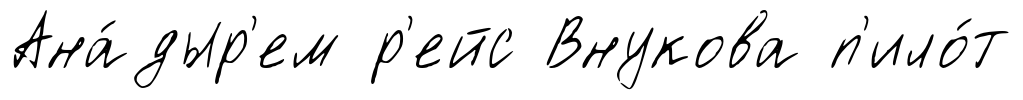
Ана́дыр'ем р'ейс Внукова п'ило́т